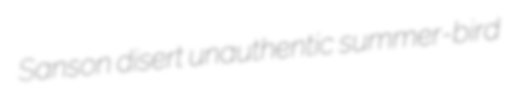
Sanson disert unauthentic summer-bird